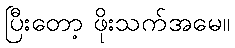
ပြီးတော့ ဖိုးသက်အမေ။